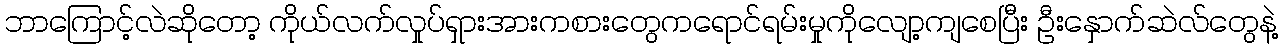
ဘာကြောင့်လဲဆိုတော့ ကိုယ်လက်လှုပ်ရှားအားကစားတွေကရောင်ရမ်းမှုကိုလျော့ကျစေပြီး ဦးနှောက်ဆဲလ်တွေနဲ့